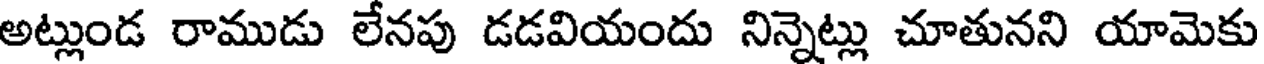
అట్లుండ రాముడు లేనపు డడవియందు నిన్నెట్లు చూతునని యామెకు